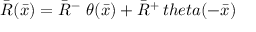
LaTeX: { \bar { R } } ( { \bar { x } } ) = { \bar { R } } ^ { - } \ \theta ( { \bar { x } } ) + { \bar { R } } ^ { + } \, t h e t a ( - { \bar { x } } )